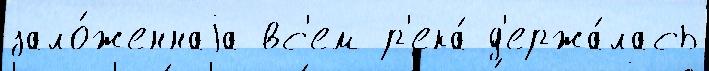
зало́женнаjа вс'ем р'ека́ д'ержа́лась